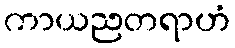
ကာယညတရာဟံ